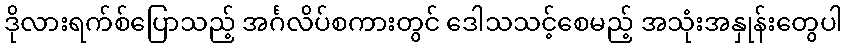
ဒိုလားရက်စ်ပြောသည့် အင်္ဂလိပ်စကားတွင် ဒေါသသင့်စေမည့် အသုံးအနှုန်းတွေပါ